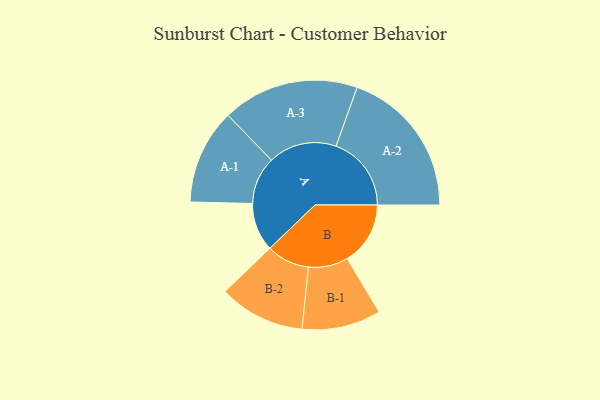
{"axis": {"x": "Segment", "y": "Value"}, "legend": ["", "A", "B"], "data": [{"x": "A", "y": 180, "type": ""}, {"x": "B", "y": 235, "type": ""}, {"x": "A-1", "y": 177, "type": "A"}, {"x": "A-2", "y": 280, "type": "A"}, {"x": "A-3", "y": 254, "type": "A"}, {"x": "B-1", "y": 147, "type": "B"}, {"x": "B-2", "y": 160, "type": "B"}]}